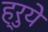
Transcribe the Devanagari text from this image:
ह्रुये